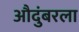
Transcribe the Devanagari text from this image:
औदुंबरला